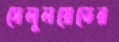
সেলুলয়েডের